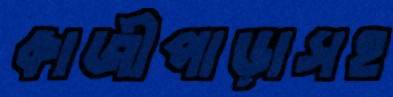
কাজীপাড়াসহ